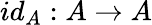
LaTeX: id_{A}:A\to A